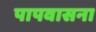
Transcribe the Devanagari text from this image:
पापवासना